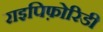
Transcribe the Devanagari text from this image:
राइपिफ़ोरिडी